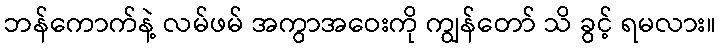
ဘန်ကောက်နဲ့ လမ်ဖမ် အကွာအဝေးကို ကျွန်တော် သိ ခွင့် ရမလား။